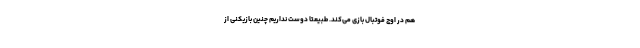
هم در اوج فوتبال بازی می‌کند. طبیعتا دوست نداریم چنین بازیکنی از